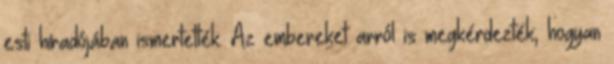
esti híradójában ismertették. Az embereket arról is megkérdezték, hogyan